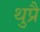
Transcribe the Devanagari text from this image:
थुप्रै